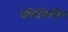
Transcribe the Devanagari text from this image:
पलिथिलीन